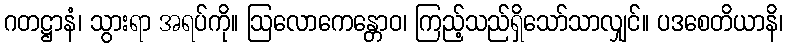
ဂတဋ္ဌာနံ၊ သွားရာ အရပ်ကို။ ဩလောကေန္တောဝ၊ ကြည့်သည်ရှိသော်သာလျှင်။ ပဒစေတိယာနိ၊